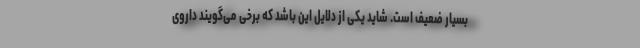
بسیار ضعیف است. شاید یکی از دلایل این باشد که برخی‌ می‌گویند داروی